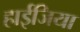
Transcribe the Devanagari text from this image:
हाईजिया